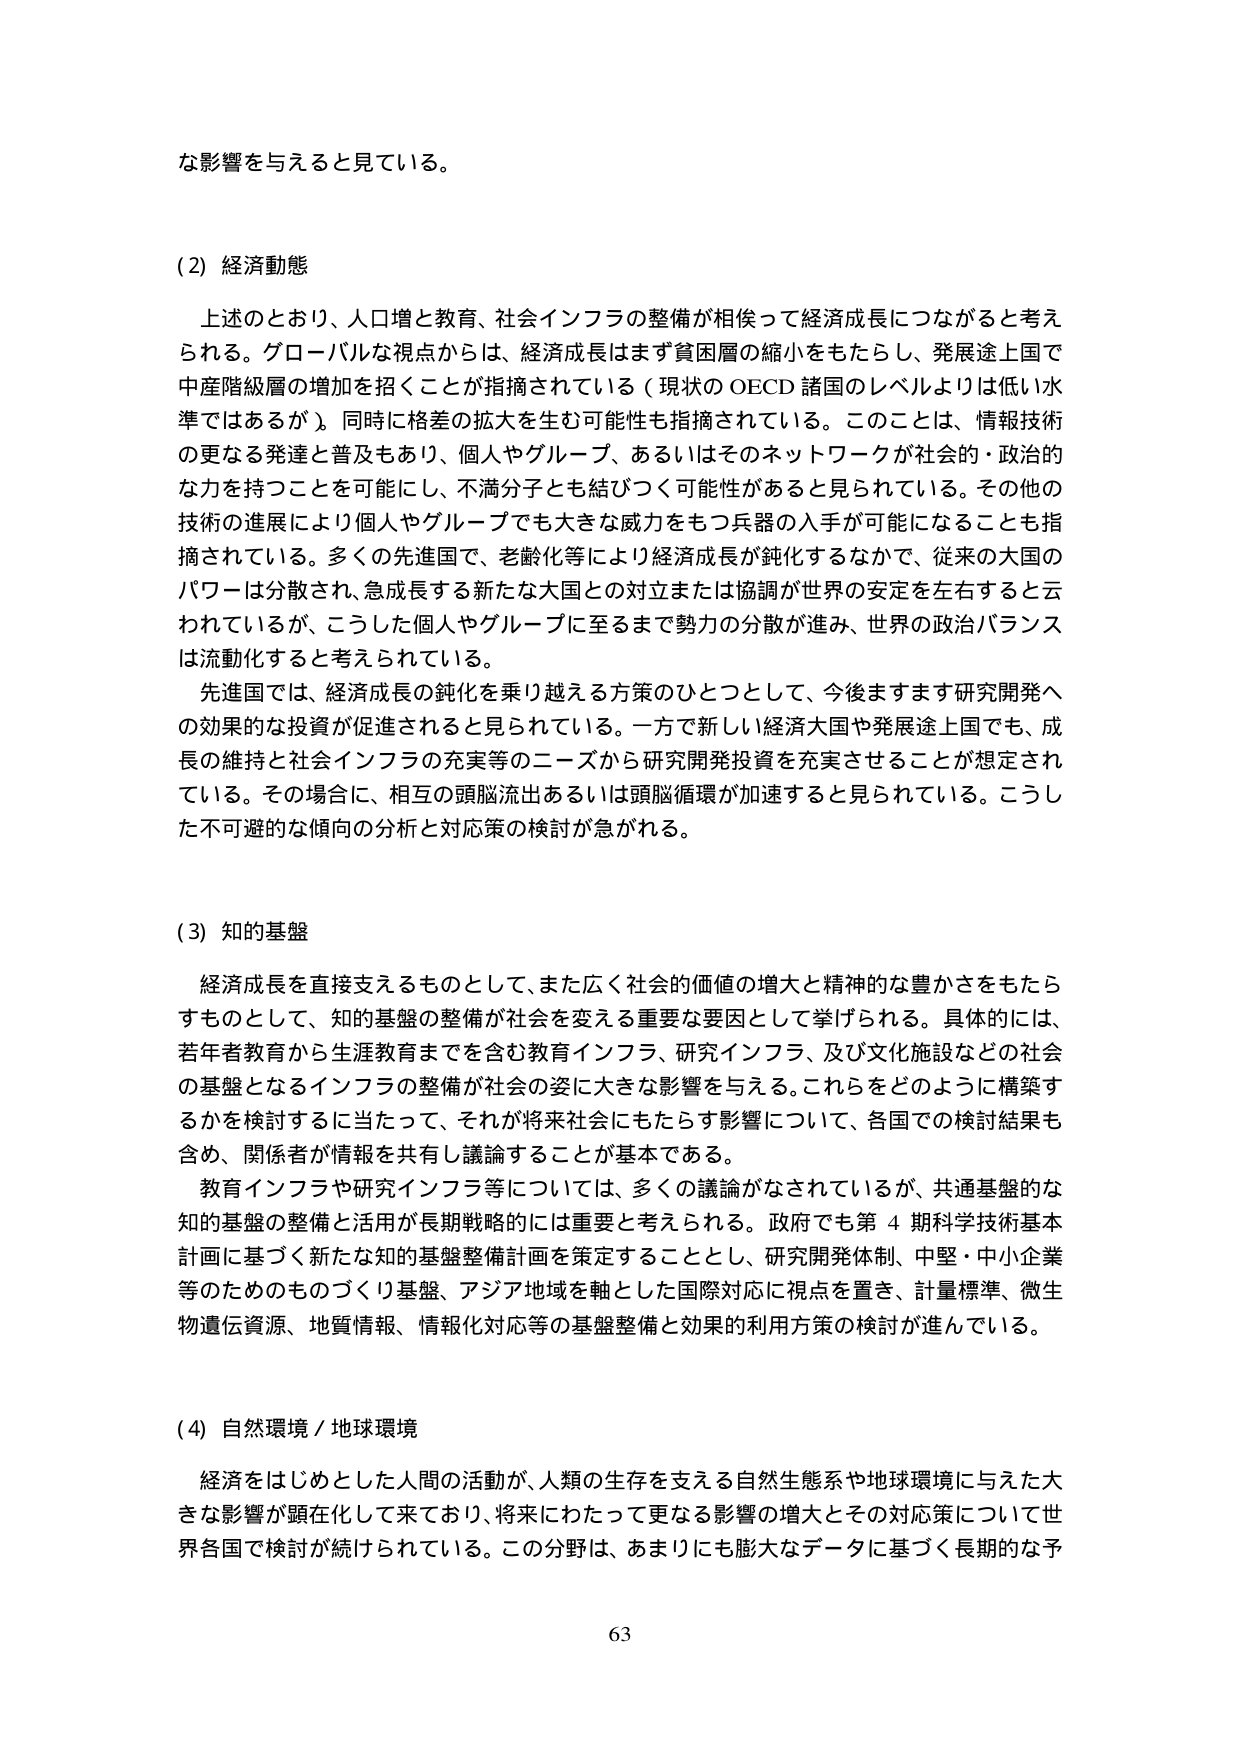
な影響を与えると見ている。

(2) 経済動態

上述のとおり、人口増と教育、社会インフラの整備が相俟って経済成長につながると考えられる。グローバルな視点からは、経済成長はまず貧困層の縮小をもたらし、発展途上国で中産階級層の増加を招くことが指摘されている（現状の OECD 諸国のレベルよりは低い水準ではあるが）。同時に格差の拡大を生む可能性も指摘されている。このことは、情報技術の更なる発達と普及もあり、個人やグループ、あるいはそのネットワークが社会的・政治的な力を持つことを可能にし、不満分子とも結びつく可能性があると見られている。その他の技術の進展により個人やグループでも大きな威力をもつ兵器の入手が可能になることも指摘されている。多くの先進国で、老齢化等により経済成長が鈍化するなかで、従来の大国のパワーは分散され、急成長する新たな大国との対立または協調が世界の安定を左右すると云われているが、こうした個人やグループに至るまで勢力の分散が進み、世界の政治バランスは流動化すると考えられている。

先進国では、経済成長の鈍化を乗り越える方策のひとつとして、今後ますます研究開発への効果的な投資が促進されると思われている。一方で新しい経済大国や発展途上国でも、成長の維持と社会インフラの充実等のニーズから研究開発投資を充実させることが想定されている。その場合に、相互の頭脳流出あるいは頭脳循環が加速すると見られている。こうした不可避的な傾向の分析と対応策の検討が急がれる。

(3) 知的基盤

経済成長を直接支えるものとして、また広く社会的価値の増大と精神的な豊かさをもたらすものとして、知的基盤の整備が社会を変える重要な要因として挙げられる。具体的には、若年者教育から生涯教育までを含む教育インフラ、研究インフラ、及び文化施設などの社会の基盤となるインフラの整備が社会の姿に大きな影響を与える。これらをどのように構築するかを検討するに当たって、それが将来社会にもたらす影響について、各国での検討結果も含め、関係者が情報を共有し議論することが基本である。

教育インフラや研究インフラ等については、多くの議論がなされているが、共通基盤的な知的基盤の整備と活用が長期戦略的には重要と考えられる。政府でも第 4 期科学技術基本計画に基づく新たな知的基盤整備計画を策定することとし、研究開発体制、中堅・中小企業等のためのものづくり基盤、アジア地域を軸とした国際対応に視点を置き、計量標準、微生物遺伝資源、地質情報、情報化対応等の基盤整備と効果的利用方策の検討が進んでいる。

(4) 自然環境／地球環境

経済をはじめとした人間の活動が、人類の生存を支える自然生態系や地球環境に与えた大きな影響が顕在化して来ており、将来にわたって更なる影響の増大とその対応策について世界各国で検討が続けられている。この分野は、あまりにも膨大なデータに基づく長期的な予

63